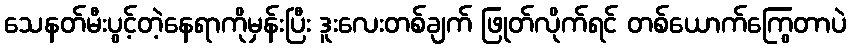
သေနတ်မီးပွင့်တဲ့နေရာကိုမှန်းပြီး ဒူးလေးတစ်ချက် ဖြုတ်လိုက်ရင် တစ်ယောက်ကြွေတာပဲ